Vaccination North-Western Provinces and Oudh 1896-1901 - 1896-1901
Year: 1896
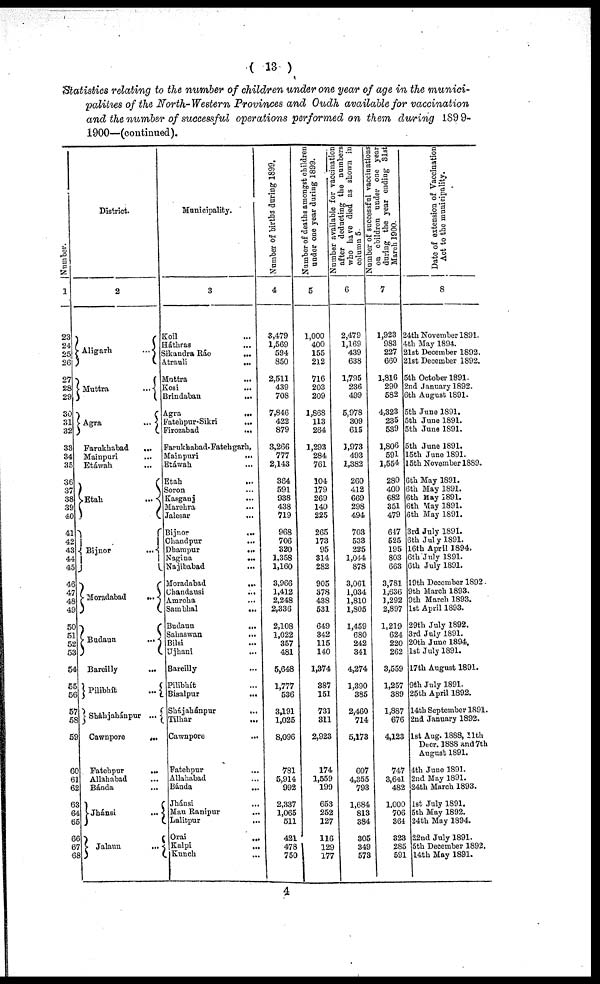
( 13 )
Statistics relating to the number of children under one year of age in the munici-
palities of the North- Western Provinces and Oudh available for vaccination
and the number of successful operations performed on them during 1899-
1900—(continued).
Number.
1
23
24
25
26
27
28
29
30
31
32
33
34
35
36
37
38
39
40
41
42
43
44
45
46
47
48
49
50
51
52
53
54
55
56
57
58
59
60
61
62
63
64
65
66
67
68
District.
2
Aligarh
...
Muttra
...
Agra
...
Farukhabad ...
Mainpuri ...
Etáwah ...
Etah
...
Bijnor
...
Moradabad
...
Budaun
...
Bareilly
...
Pilibhít
...
Sháhjahánpur ...
Cawnpore
...
Fatehpur
...
Allahabad ...
Bánda
Jhánsi
...
Jalaun
...
Municipality.
3
Koil ...
Háthras ...
Sikandra Ráo
...
Atrauli
...
Muttra ...
Kosi
...
Brindaban
...
Agra ...
Fatehpur-Sikri
...
Firozabad
...
Farukhabad-Fatehgarh,
Mainpuri
...
Etáwah ...
Etah ...
Soron ...
Kasganj
...
Marehra ...
Jalesar
...
Bijnor
...
Chandpur ...
Dhampur
...
Nagina
...
Najibabad ...
Moradabad
...
Chandausi
...
Amroha
...
Sambhal
...
Budaun
...
Sahaswan
...
Bilsi ...
Ujhani ...
Bareilly ...
Pilibhít ...
Bisalpur
...
Shájahánpur ...
Tilhar ...
Cawnpore ...
Fatehpur ...
Allahabad ...
Bánda
...
Jhánsi ...
Mau Ranipur ...
Lalitpur ...
Orai ...
Kalpi
...
Kunch ...
Number of births during 1899.
4
3,479
1,569
594
850
2,511
439
708
7,846
422
879
3,266
777
2,143
364
591
938
438
719
968
706
320
1,358
1,160
3,966
1,412
2,248
2,336
2,108
1,022
357
481
5,648
1,777
536
3,191
1,025
8,096
781
5,914
992
2,337
1,065
511
421
478
750
Number of deat hs amongst children
under one year dur i ng 1899.
5
1,000
400
155
212
716
203
209
1,868
113
264
1,293
284
761
104
179
269
140
225
265
173
95
314
282
905
378
438
531
649
342
115
140
1,374
387
151
731
311
2,923
174
1,559
199
653
252
127
116
129
177
Number available for vaccination
after deduct i
ng the numbers
who have di ed as shown in
column 5.
6
2,479
1,169
439
638
1,795
236
499
5,978
309
615
1,973
493
1,382
260
412
669
298
494
703
533
225
1,044
878
3,061
1,034
1,810
1,805
1,459
680
242
341
4,274
1,390
385
2,460
714
5,173
607
4,355
793
1,684
813
384
305
349
573
Number of successful vaccinations
on children under one year
during the year ending 31st
March 1900.
7
1,923
983
227
660
1,816
290
582
4,323
235
539
1,806
591
1,554
280
400
682
351
479
647
525
195
803
663
3,781
1,636
1,292
2,897
1,219
624
220
262
3,559
1,257
389
1,887
676
4,123
747
3,641
482
1,000
706
364
323
285
591
Date of extension of Vaccination
Act to the municipality.
8
24th November 1891.
4th May 1894.
21st December 1892.
2l8t December 1892.
5th October 1891.
2nd January 1892.
6th August 1891.
5th June 1891.
5th June 1891.
5th June 1891.
5th June 1891.
15th June 1891.
15th November 1889.
6th May 1891.
6th May 1891.
6th May 1891.
6th May 1891.
6th May 1891.
3rd July 1891.
6th July 1891.
16th April 1894.
6th July 1891.
6th July 1891.
19th December 1892.
9th March 1893.
9th March 1893.
1st April 1893.
29th July 1892.
3rd July 1891.
20th June 1894.
1st July 1891.
17th August 1891.
9th July 1891.
25th April 1892.
14th September 1891.
2nd January 1892.
1st Aug. 1888, 11th
Decr. 1888 and 7th
August 1891.
4th June 1891.
2nd May 1891.
24th March 1893.
1st July 1891.
5th May 1892.
24th May 1894.
22nd July 1891.
5th December 1892.
14th May 1891.
4